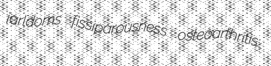
jarldoms fissiparousness osteoarthritis